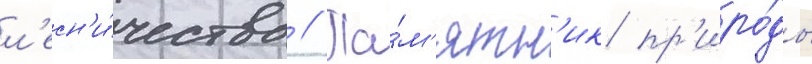
л'есн'и́чества // Па́м'ятн'ик пр'иро́ды